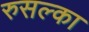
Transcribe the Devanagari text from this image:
रुसल्का